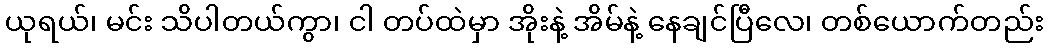
ယုရယ်၊ မင်း သိပါတယ်ကွာ၊ ငါ တပ်ထဲမှာ အိုးနဲ့ အိမ်နဲ့ နေချင်ပြီလေ၊ တစ်ယောက်တည်း